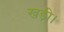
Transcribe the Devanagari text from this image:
खड़ी।